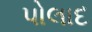
પોલાદ